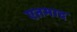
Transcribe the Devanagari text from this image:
एतमाद